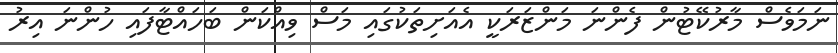
ނަމަވެސް މާރުކޭޓުން ފެންނަ މަންޒަރަކީ އެއަށިތަކުގައި މަސް ވިއްކަން ބަހައްޓާފައި ހުންނަ އިރު